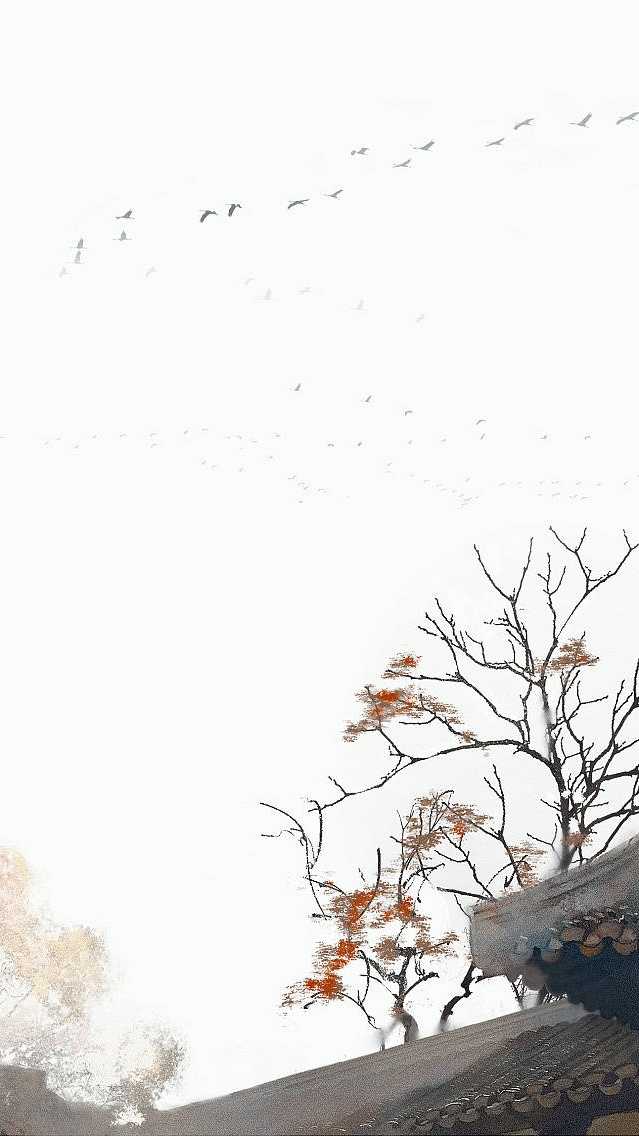
但屈指西风几时来，又不道流年暗中偷换。